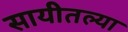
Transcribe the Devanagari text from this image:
सायीतल्या